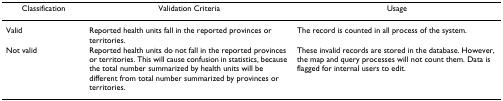
<table><thead><tr><td><b>Classification</b></td><td><b>Validation Criteria</b></td><td><b>Usage</b></td></tr></thead><tbody><tr><td>Valid</td><td>Reported health units fall in the reported provinces or territories.</td><td>The record is counted in all process of the system.</td></tr><tr><td>Not valid</td><td>Reported health units do not fall in the reported provinces or territories. This will cause confusion in statistics, because the total number summarized by health units will be different from total number summarized by provinces or territories.</td><td>These invalid records are stored in the database. However, the map and query processes will not count them. Data is flagged for internal users to edit.</td></tr></tbody></table>